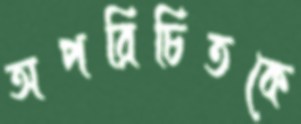
অপরিচিতকে